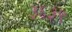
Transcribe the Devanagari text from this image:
३६३९